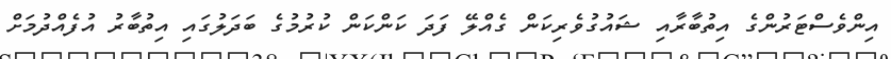
އިންވެސްޓަރުންގެ އިތުބާރާއި ޝައުގުވެރިކަން ގެއްލޭ ފަދަ ކަންކަން ކުރުމުގެ ބަދަލުގައި އިތުބާރު އުފެއްދުމަށް